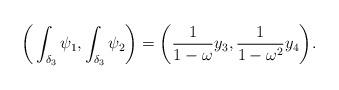
LaTeX: \begin{align*}\bigg(\int_{\delta_3}\psi_1,\int_{\delta_3}\psi_2\bigg)=\bigg(\dfrac{1}{1-\omega}y_3, \dfrac{1}{1-\omega^2}y_4\bigg). \end{align*}